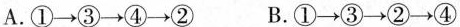
A.①→③→④→② B.①→③→②→④